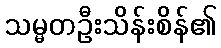
သမ္မတဦးသိန်းစိန်၏